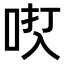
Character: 𫩿